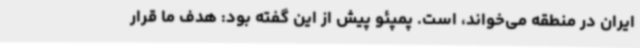
ایران در منطقه می‌خواند، است. پمپئو پیش از این گفته بود: هدف ما قرار